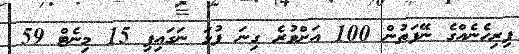
ފިރިހެނެއްގެ ނޭފަތުން 100 އަށްވުރެ ގިނަ ފުޅަ ނަގައިފި 15 މިނެޓް 59